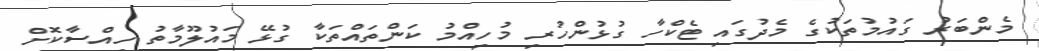
މެންބަރު ގައުމުތަކުގެ މެދުގައި ޓެކްހާ ގުޅުންހުރި މުހިއްމު ކަންތައްތަކާ ގުޅޭ މައުލޫމާތު ހިއްސާކޮށް